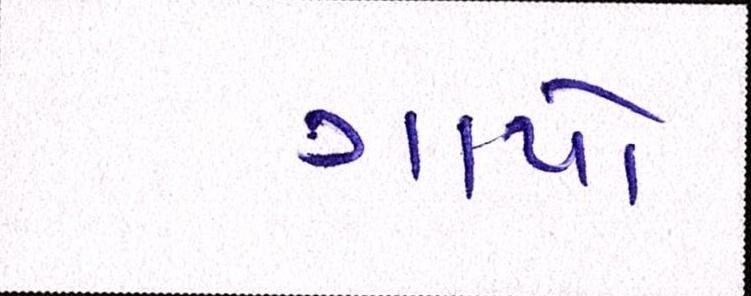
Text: ગાયો